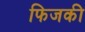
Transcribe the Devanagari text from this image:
फिजकी